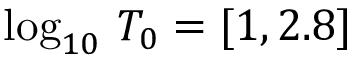
\log _ { 1 0 } \, T _ { 0 } = [ 1 , 2 . 8 ]